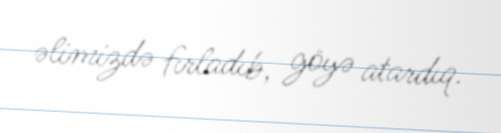
əlimizdə fırladıb, göyə atardıq.